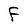
Character: F